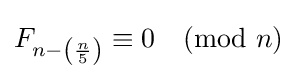
F_{n-\left({\frac {n}{5}}\right)}\equiv 0{\pmod {n}}